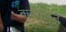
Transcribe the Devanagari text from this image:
वानीलिन